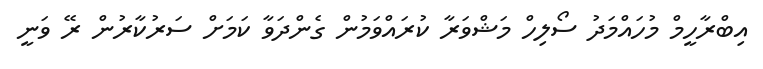
އިބްރާހީމް މުހައްމަދު ސޯލިހް މަޝްވަރާ ކުރައްވަމުން ގެންދަވާ ކަމަށް ސަރުކާރުން ރޭ ވަނީ